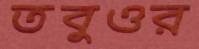
তবুওর